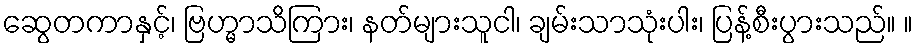
ဆွေတကာနှင့်၊ ဗြဟ္မာသိကြား၊ နတ်များသူငါ၊ ချမ်းသာသုံးပါး၊ ပြန့်စီးပွားသည်။ ။